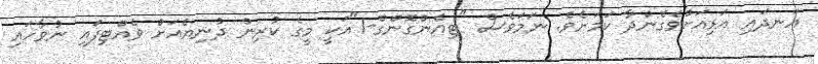
އަނދައި އަޅިއަށްވެގެންދާ ކަމަށެވެ. ނަމަވެސް "ޓިއެންގޮންގް-1"އަކީ މީގެ ކުރިން ދުނިޔެއަށް ވެއްޓިފައި ނުވާހައި